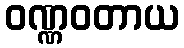
ဝဏ္ဏဝတာယ